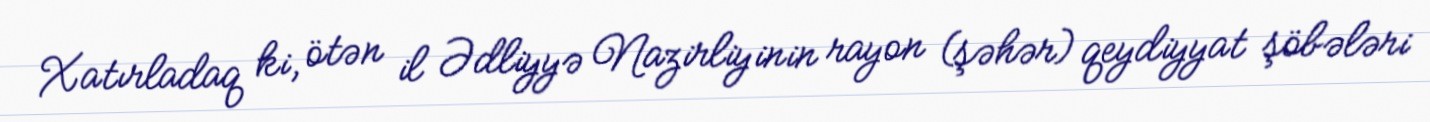
Xatırladaq ki, ötən il Ədliyyə Nazirliyinin rayon (şəhər) qeydiyyat şöbələri